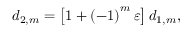
d _ { 2 , m } = \left[ 1 + \left( - 1 \right) ^ { m } \varepsilon \right] d _ { 1 , m } ,